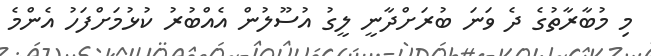
މި މުބާރާތުގެ ދެ ވަނަ ބުރަށްދާނީ ލީގު އުސޫލުން އެއްބުރު ކުޅުމަށްފަހު އެންމެ